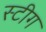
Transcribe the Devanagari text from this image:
स्टीग